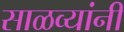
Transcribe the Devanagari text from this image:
साळव्यांनी